Vaccination in the Punjab 1883-1896 - 1883-1896
Year: 1883
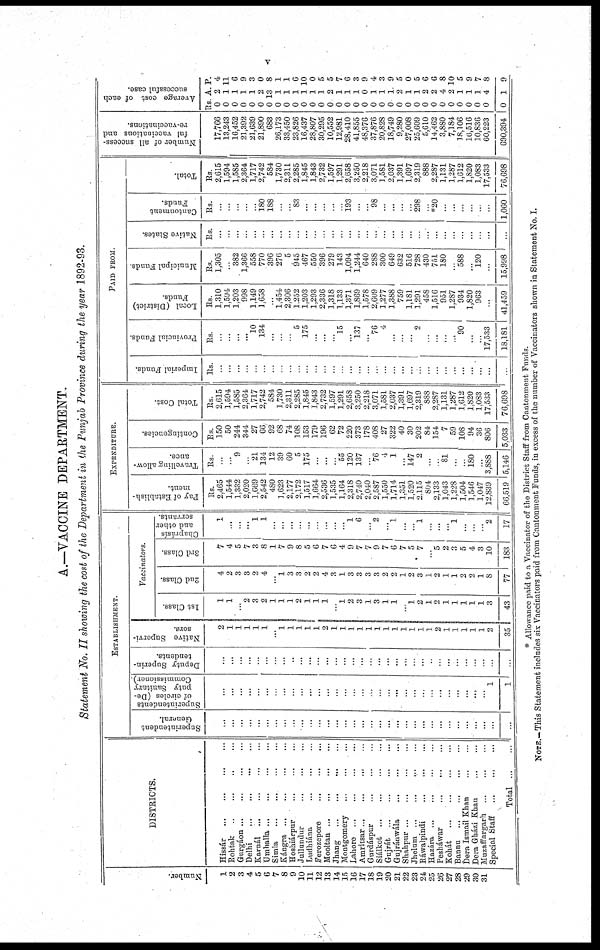
v
A.—VACCINE DEPARTMENT.
Statement No. II showing the cost of the Department in the Punjab Province during the year 1892-93.
Number.
1
2
3
4
5
6
7
8
9
10
11
12
13
14
15
16
17
18
19
20
21
22
23
24
23
26
27
28
29
30
31
DISTRICTS.
Hissár
...
...
...
...
Rohtak ... ... ... ...
Gurgáon
...
...
...
...
Delhi ... ... ... ...
Karnál ... ... ... ...
Umhalla ... ... ... ...
Simla ... ... ... ...
Kángra ... ... ... ...
Hoshiárpur
...
...
...
Jullundur ... ... ...
Ludhiána
...
...
...
Ferozepore ... ... ...
Mooltan
...
...
...
...
Jhang
...
...
...
...
Montgomery
...
...
...
Lahore
...
...
...
...
Amritsar...
...
...
...
Gurdáspur
...
...
...
Siálkot
...
...
...
...
Gujrát
...
...
...
...
Gujránwála ... ... ...
Shahpur
...
...
...
...
Jhelam ... ... ... ...
Ráwalpindi
...
...
...
...
Hazára ... ... ... ...
Peshawar
...
...
...
Kohát
...
...
...
...
Bannu ... ... ... ...
Dera Ismail Khan
...
...
Dera Gházi Khan ... ...
Muzaffargarh
...
...
...
Special Staff
...
... ...
Total ... ...
ESTABLISHMENT.
Superintendent
General.
...
...
...
...
...
...
...
...
...
...
...
...
...
...
...
...
...
...
...
...
...
...
...
...
...
...
...
...
...
...
...
...
...
Superintendents
of circles (De-
puty Sanitary
Commissioner).
...
...
...
...
...
...
...
...
...
...
...
...
...
...
...
...
...
...
...
...
...
...
...
...
...
...
...
...
...
...
...
1
1
Deputy Superin-
tendents.
...
...
...
...
...
...
...
...
...
...
...
...
...
...
...
...
...
...
...
...
...
...
...
...
...
...
...
...
...
...
...
...
...
Native Supervi-
sors.
2
1
1
1
1
1
...
1
1
1
1
1
2
1
1
1
1
1
1
1
1
1
1
1
1
2
1
1
1
1
1
2
35
Vaccinators.
1st Class.
1
1
...
2
3
2
1
1
1
2
1
1
1
...
1
2
3
1
3
1
1
...
1
2
1
2
1
1
1
1
1
3
43
2nd Class.
4
2
3
3
2
4
...
1
3
3
2
2
4
3
1
3
3
3
3
2
2
1
2
3
1
2
1
1
2
2
1
8
77
3rd Class.
7
4
5
7
3
8
1
7
9
8
5
6
7
6
4
9
7
7
9
7
6
1
5
7
...
5
2
3
5
4
3
10
183
Chaprásís
and other
servants
1
...
...
...
1
1
...
...
...
...
...
...
...
...
...
1
6
...
2
...
1
...
...
1
...
...
...
1
...
...
...
2
17
EXPENDITURE.
Pay of Establish-
ment.
Rs.
2,465
1,544
1,332
2,020
1,669
2,542
480
1,623
2,177
2,172
1,517
1,664
2,536
1,535
1,164
2,318
2,740
2,040
2,587
1,550
1,714
1,351
1,520
2 115
804
2,133
1,043
1,228
1,504
1,546
1,047
12,839
66,519
Travelling allow-
ance.
Rs
...
...
9
...
21
134
12
39
60
5
175
...
...
...
55
120
137
...
76
4
1
...
147
2
...
...
81
...
...
180
...
3,888
5,146
Contingencies.
Rs.
150
50
244
344
27
66
92
68
74
108
153
179
196
62
72
220
373
178
408
27
322
40
30
202
84
154
7
59
108
94
36
806
5,033
Total Cost.
Rs
2,615
1,594
1,585
2,364
1,717
2,742
584
1,730
2,311
2,285
1,845
1,843
2,732
1,597
1,291
2,658
3,250
2,218
3,071
1,581
2,037
1,391
1,697
2,319
888
2,287
1,131
1,287
1,612
1,820
1,083
17,533
76,698
PAID FROM.
Imperial Funds.
Rs.
...
...
...
...
...
...
...
...
...
...
...
...
...
...
...
...
...
...
...
...
...
...
...
...
...
...
...
...
...
...
...
...
Provincial Funds
Rs.
...
...
...
...
10
134
...
...
...
5
175
...
...
...
15
...
137
...
76
4
...
...
...
2
...
...
...
...
90
...
...
17,533
18,181
Local (District)
Funds.
Rs.
1,310
1,594
1,203
998
1,149
1,658
...
1,454
2,306
1,252
1,203
1,293
2,336
1,318
1,133
1,371
1,869
1,578
2,609
1,277
1,388
759
1,181
1,291
458
1,516
951
1,287
934
1,820
963
...
41,459
Municipal Funds
Rs
1,305
...
382
1,366
558
770
396
276
5
945
467
550
396
279
143
1,094
1,244
640
288
300
649
632
516
728
430
751
180
...
588
...
120
15,998
Native States.
Rs.
...
...
...
...
...
...
...
...
...
...
...
...
...
...
...
...
...
...
...
...
...
...
...
...
...
...
...
...
...
...
...
...
...
Cantonment
Funds.
Rs.
...
...
...
...
...
180
188
...
...
83
...
...
...
...
...
193
...
...
98
...
...
...
...
298
*20
...
...
...
...
...
...
1,060
Total.
Rs
2,615
1,594
1,585
2,364
1,717
2,742
584
1,730
2,311
2,285
1,845
1,843
2,732
1,597
1,291
2,658
3,250
2,218
3,071
1,581
2,037
1,391
1,697
2,319
888
2,287
1,181
1,287
1,612
1,820
1,083
17,533
76,698
Number of all success-
ful vaccinations and
re-vaccinations.
17,766
13,243
16,452
21,392
21,639
21,890
683
26,173
33,450
23,826
16,437
28,807
30,295
10,552
12,981
28,410
41,855
48,376
37,876
20,828
18,749
9,280
27,008
25,609
5,610
14,462
3,880
7,184
18,106
16,516
10,836
60,223
690,394
Average cost of each
successful case.
Rs
0
0
0
0
0
0
0
0
0
0
0
0
0
0
0
0
0
0
0
0
0
0
0
0
0
0
0
0
0
0
0
0
0
A.
2
1
1
1
1
2
13
1
1
1
1
1
1
2
1
1
1
0
1
1
1
2
1
1
2
2
4
2
1
1
1
4
1
P.
4
11
6
9
3
0
8
1
1
6
10
0
5
5
7
6
3
9
4
3
9
5
0
5
6
6
8
10
5
9
7
8
9
* Allowance paid to a Vaccinator of the District Staff from Cantonment Funds.
NOTE.—This Statement includes six Vaccinators paid from Cantonment Funds, in excess of the number of Vaccinators shown in Statement No. I.